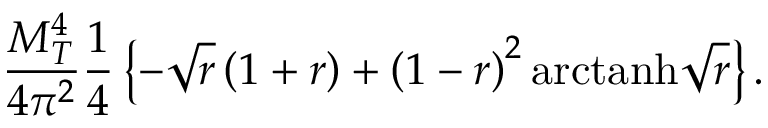
{ \frac { M _ { T } ^ { 4 } } { 4 \pi ^ { 2 } } } { \frac { 1 } { 4 } } \left\{ - \sqrt { r } \left( 1 + r \right) + \left( 1 - r \right) ^ { 2 } \mathrm { a r c t a n h } { \sqrt { r } } \right\} .